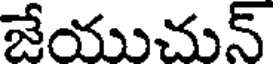
జేయుచున్